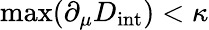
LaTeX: \operatorname*{max}(\partial_{\mu}D_{\mathrm{int}})<\kappa